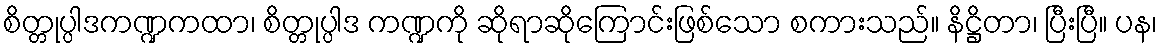
စိတ္တုပ္ပါဒကဏ္ဍကထာ၊ စိတ္တုပ္ပါဒ ကဏ္ဍကို ဆိုရာဆိုကြောင်းဖြစ်သော စကားသည်။ နိဋ္ဌိတာ၊ ပြီးပြီ။ ပန၊